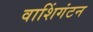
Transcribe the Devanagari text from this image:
वाशिंगंटन